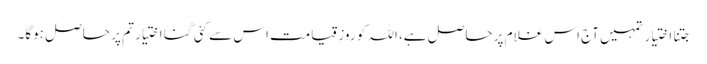
جتنا اختیار تمہیں آج اس غلام پر حاصل ہے، اللہ کو روزِ قیامت اس سے کئی گنا اختیار تم پر حاصل ہوگا۔